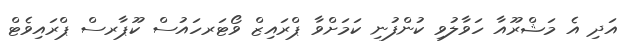
އަދި އެ މަޝްރޫއާ ހަވާލުވި ކުންފުނި ކަމަށްވާ ޕްރައިޒް ވޯޓަރހައުސް ކޫޕާރސް ޕްރައިވެޓް